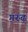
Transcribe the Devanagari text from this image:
गरुढ़